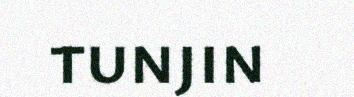
tunjin